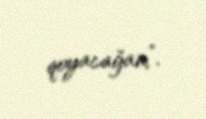
qoyacağam”.